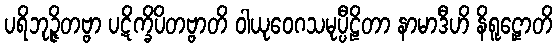
ပရိဘုဉ္ဇိတဗ္ဗာ ပဋိက္ခိပိတဗ္ဗာတိ ဝါယုဝေဂသမုပ္ပီဠိတာ နာမာဒီဟိ နိရူဠှောတိ